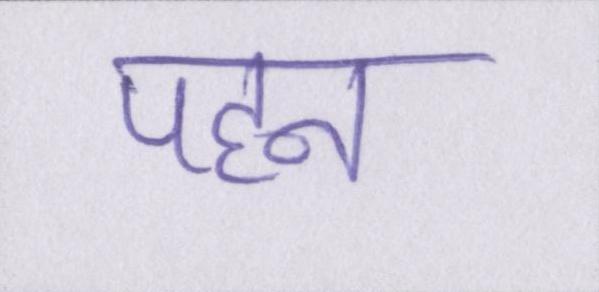
पहन